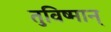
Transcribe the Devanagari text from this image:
तुविष्मान्